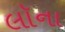
લૉના